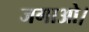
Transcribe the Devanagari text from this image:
जगाओ।